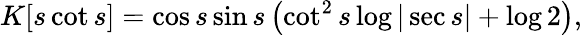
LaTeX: K[s\cot s]=\cos s\sin s\left(\cot^{2}s\log|\sec s|+\log 2\right),